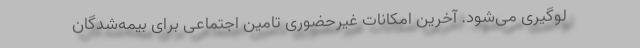
لوگیری می‌شود. آخرین امکانات غیرحضوری تامین اجتماعی برای بیمه‌شدگان